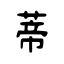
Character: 蒂